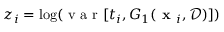
z _ { i } = \log ( \mathrm { ~ v ~ a ~ r ~ } [ t _ { i } , G _ { 1 } ( \textbf { x } _ { i } , \mathcal { D } ) ] )